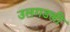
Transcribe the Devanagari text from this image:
उलगडली